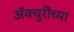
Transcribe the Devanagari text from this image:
ॲक्चुरींच्या